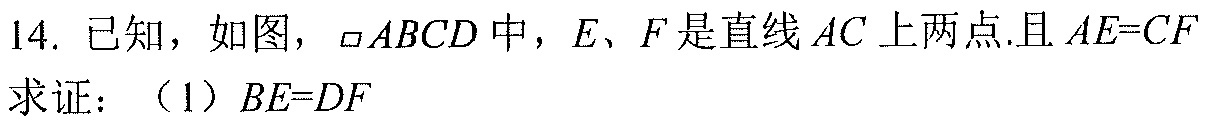
14. 已知，如图，\(\square ABCD\)中，\(E\)、\(F\)是直线\(AC\)上两点.且\(AE = CF\)
求证：（1）\(BE = DF\)